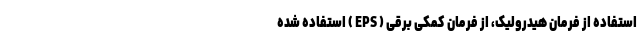
استفاده از فرمان هیدرولیک، از فرمان کمکی برقی ( EPS ) استفاده شده